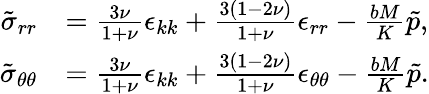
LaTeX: \begin{array}{rl}{\tilde{\sigma}_{rr}}&{=\frac{3\nu}{1+\nu}\epsilon_{kk}+\frac{3(1-2\nu)}{1+\nu}\epsilon_{rr}-\frac{bM}{K}\tilde{p},}\\ {\tilde{\sigma}_{\theta\theta}}&{=\frac{3\nu}{1+\nu}\epsilon_{kk}+\frac{3(1-2\nu)}{1+\nu}\epsilon_{\theta\theta}-\frac{bM}{K}\tilde{p}.}\end{array}